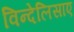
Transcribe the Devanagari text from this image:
विन्देलिसाए